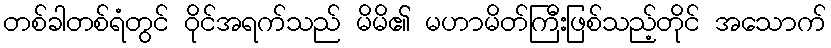
တစ်ခါတစ်ရံတွင် ဝိုင်အရက်သည် မိမိ၏ မဟာမိတ်ကြီးဖြစ်သည့်တိုင် အသောက်